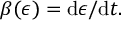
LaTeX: \beta ( \epsilon ) = \mathrm { d } \epsilon / \mathrm { d } t .